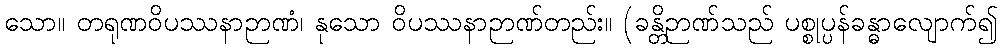
သော။ တရုဏဝိပဿနာဉာဏံ၊ နုသော ဝိပဿနာဉာဏ်တည်း။ (ခန္တိဉာဏ်သည် ပစ္စုပ္ပန်ခန္ဓာလျောက်၍